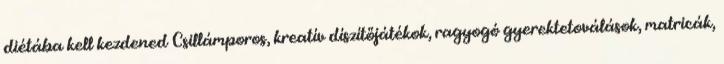
diétába kell kezdened Csillámporos, kreatív díszítőjátékok, ragyogó gyerektetoválások, matricák,